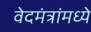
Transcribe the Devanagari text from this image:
वेदमंत्रांमध्ये